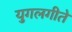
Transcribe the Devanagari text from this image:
युगलगीते